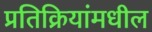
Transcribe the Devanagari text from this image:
प्रतिक्रियांमधील